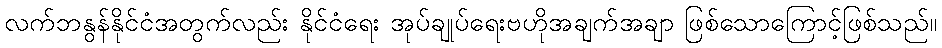
လက်ဘနွန်နိုင်ငံအတွက်လည်း နိုင်ငံရေး အုပ်ချုပ်ရေးဗဟိုအချက်အချာ ဖြစ်သောကြောင့်ဖြစ်သည်။